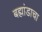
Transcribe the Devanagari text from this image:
बह्मांडाचा